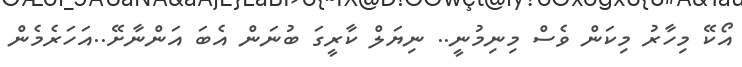
އޯކޭ މިހާރު މިކަން ވެސް މިނިމުނީ.. ނިޔަލް ކާރީގަ ބުނަން އެބަ އަންނާށޭ..އަހަރެމެން